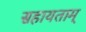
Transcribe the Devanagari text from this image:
सहायताम्